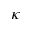
\kappa